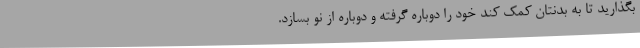
بگذارید تا به بدنتان کمک کند خود را دوباره گرفته و دوباره از نو بسازد.